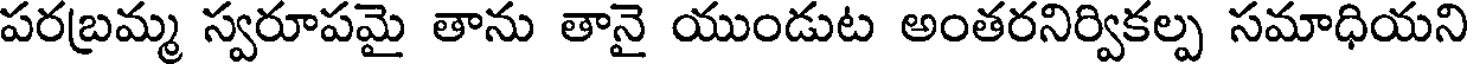
పరబ్రమ్మ స్వరూపమై తాను తానై యుండుట అంతరనిర్వికల్ప సమాధియని